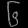
Digit: ၆